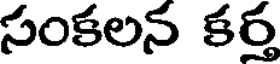
సంకలన కర్త